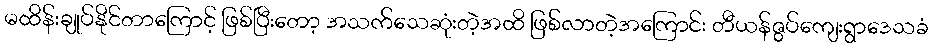
မထိန်းချုပ်နိုင်တာကြောင့် ဖြစ်ပြီးတော့ အသက်သေဆုံးတဲ့အထိ ဖြစ်လာတဲ့အကြောင်း တီယန်ဇွပ်ကျေးရွာဒေသခံ